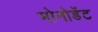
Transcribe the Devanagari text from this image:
मोनोडेंट